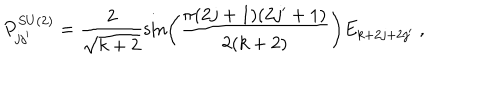
P _ { j j ^ { \prime } } ^ { S U ( 2 ) } = \frac { 2 } { \sqrt { k + 2 } } \sin \left( \frac { \pi ( 2 j + 1 ) ( 2 j ^ { \prime } + 1 ) } { 2 ( k + 2 ) } \right) E _ { k + 2 j + 2 j ^ { \prime } } ~ ,